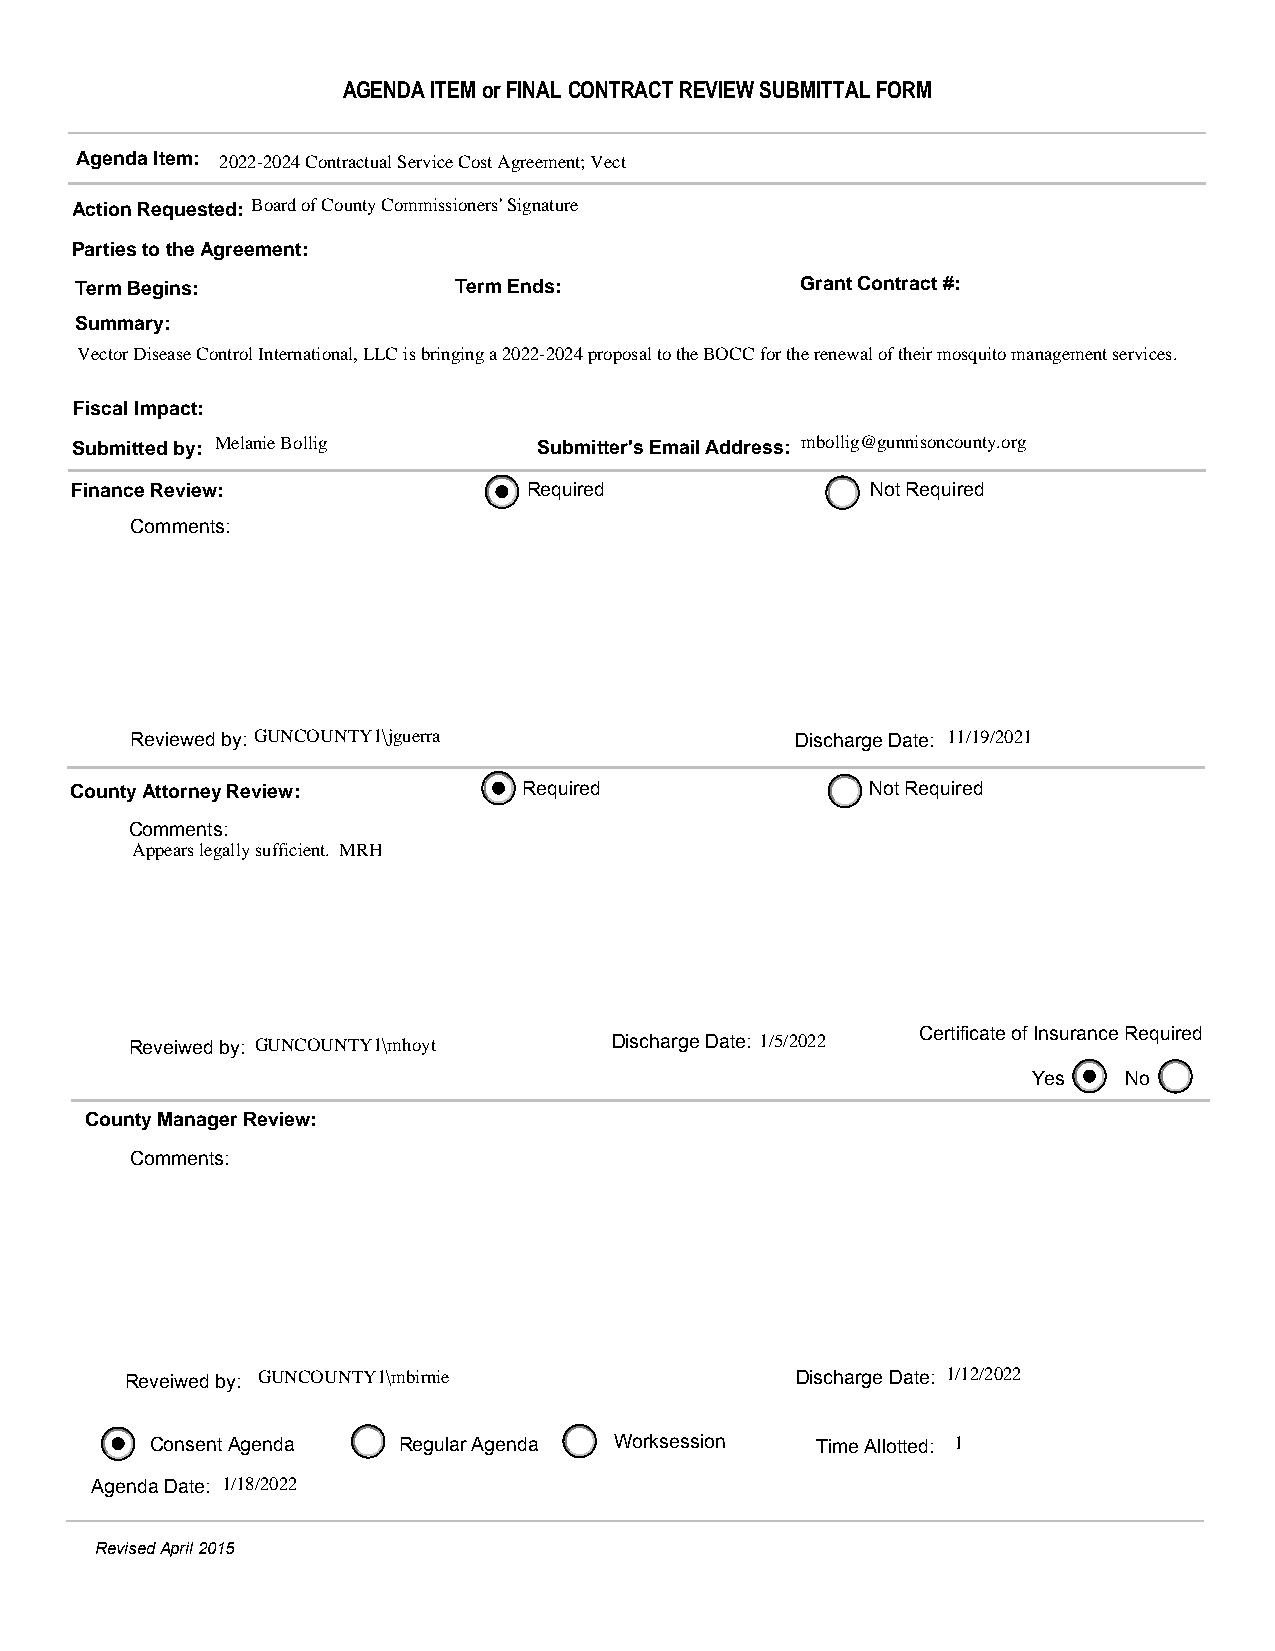
AGENDA ITEM or FINAL CONTRACT REVIEW SUBMITTAL FORM
 Agenda Item: 2022-2024 Contractual Service Cost Agreement; Vect
 Action Requested: Board of County Commissioners' Signature
 Parties to the Agreement:
 Term Begins:             Term Ends:             Grant Contract #:
 Summary:
 Vector Disease Control International, LLC is bringing a 2022-2024 proposal to the BOCC for the renewal of their mosquito management services.
 Fiscal Impact:
 Submitted by: Melanie Bollig   Submitter's Email Address: mbollig@gunnisoncounty.org
 Finance Review:               Required               Not Required
 Comments:
 Reviewed by: GUNCOUNTY1\jguerra             Discharge Date: 11/19/2021
 County Attorney Review:       Required               Not Required
 Comments:
 Appears legally sufficient. MRH
 Reveiwed by: GUNCOUNTY1\mhoyt   Discharge Date: 1/5/2022 Certificate of Insurance Required
 Yes   No
 County Manager Review:
 Comments:
 Reveiwed by: GUNCOUNTY1\mbirnie              Discharge Date: 1/12/2022
 Consent Agenda  Regular Agenda Worksession  Time Allotted: 1
 Agenda Date: 1/18/2022
 Revised April 2015